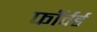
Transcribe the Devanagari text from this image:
फाॅर्वर्ड